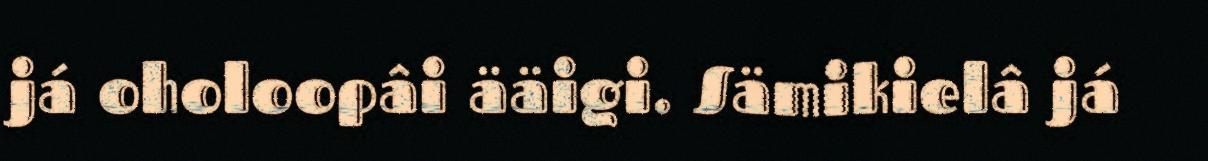
já oholoopâi ääigi. Sämikielâ já